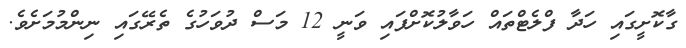
ގާކޮށީގައި ހަދާ ފްލެޓްތައް ހަވާލުކޮށްފައި ވަނީ 12 މަސް ދުވަހުގެ ތެރޭގައި ނިންމުމަށެވެ.